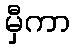
မှီကာ